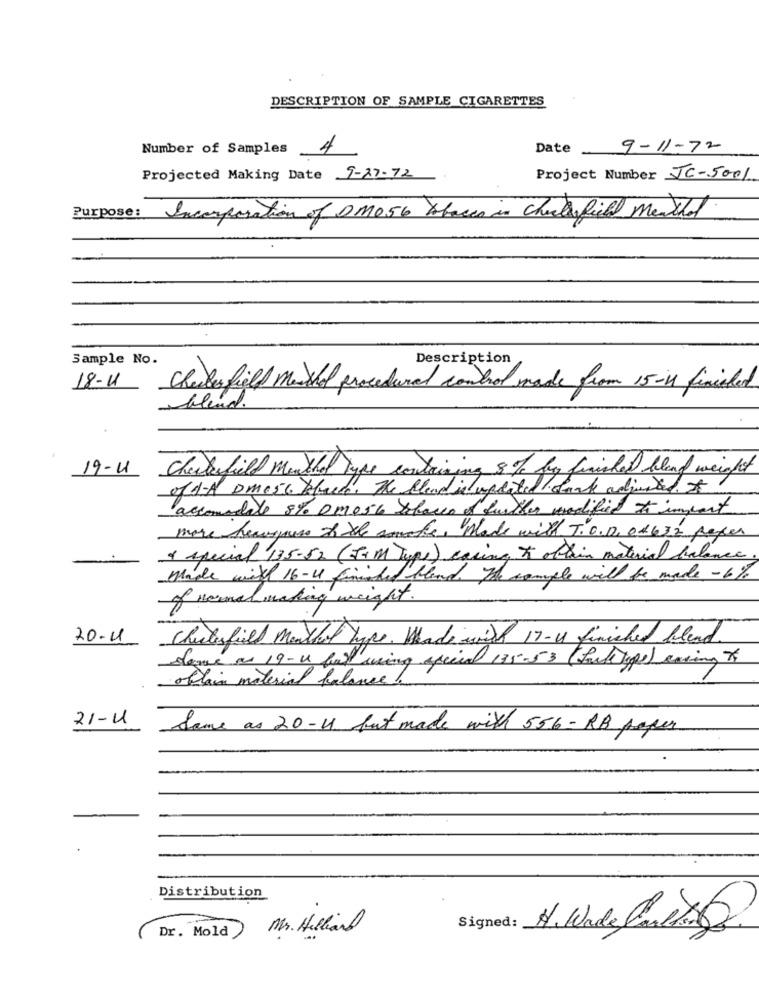
DESCRIPTION OF SAMPLE CIGARETTES
Number of Samples
4
9-11-72
Date_
Projected Making Date 9-27-72
Project Number JC-5001
Purpose: Incorporation of DM0 56 Abases in Child field Menthal
Sample No.
Description
18-11
Chesterfield Muschel procedural control made from 15-in finisled
blend.
19-11
Checkfield Menthal Type containing 8% by finished bland weight
of A-A DMC 56 Place. The Blend in updated Stock adjusted. A.
accomodate 8% DM056 Shares of further modified to import
more heavypure & the sameks, Made with T. O.D. 04632 paper
& special 135-52 ( I+ M Type) casing ho olkin material balance .
made with 16-Ul finished blend. The sample will be made -6%
of renal making weight.
20-11
Chesterfield Menthal Type. Made wird 17-u finished blend.
Same as 19-u bar using special 135-53 (South type) casing
obtain material balance.
21-11
Same as 20-1 but made with 556 - RB paper
Distribution
Mr. Hilliard
Signed:
( Dr. Mold